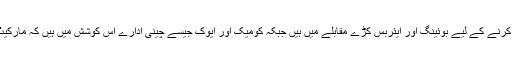
چینی خریداروں کا اعتماد حاصل کرنے کے لیے بوئینگ اور ایئربس کڑے مقابلے میں ہیں جبکہ کومیک اور ایوک جیسے چینی ادارے اس کوشش میں ہیں کہ مارکیٹ شیئر چینی کمپنیوں کا ہی رہے۔